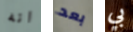
انه بعد بي